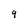
Character: 4